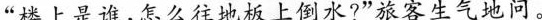
”楼上是谁，怎么往地板上倒水?”旅客生气地问。